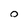
Character: 0